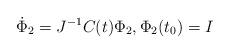
LaTeX: \begin{align*}\dot \Phi_2=J^{-1}C(t) \Phi_2,\Phi_2(t_0)= I\end{align*}